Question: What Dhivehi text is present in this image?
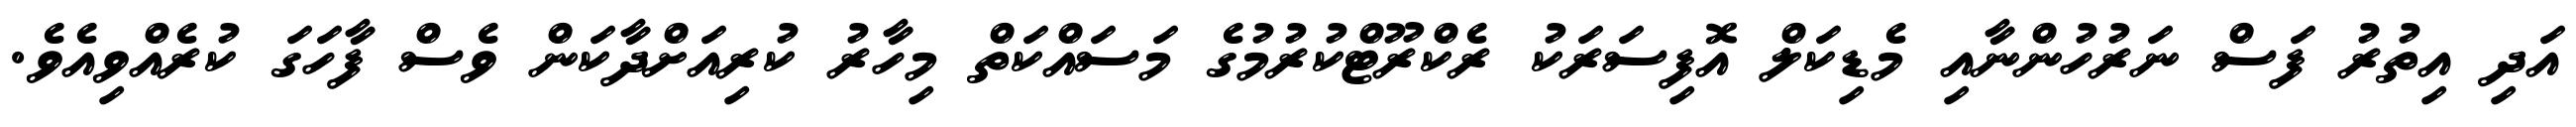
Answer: އަދި އިތުރު ފަސް ނަރުހުންނާއި މެޑިކަލް އޮފިސަރަކު ރެކްރޫޓްކުރުމުގެ މަސައްކަތް މިހާރު ކުރިއަށްދާކަން ވެސް ފާހަގަ ކުރެއްވިއެވެ.